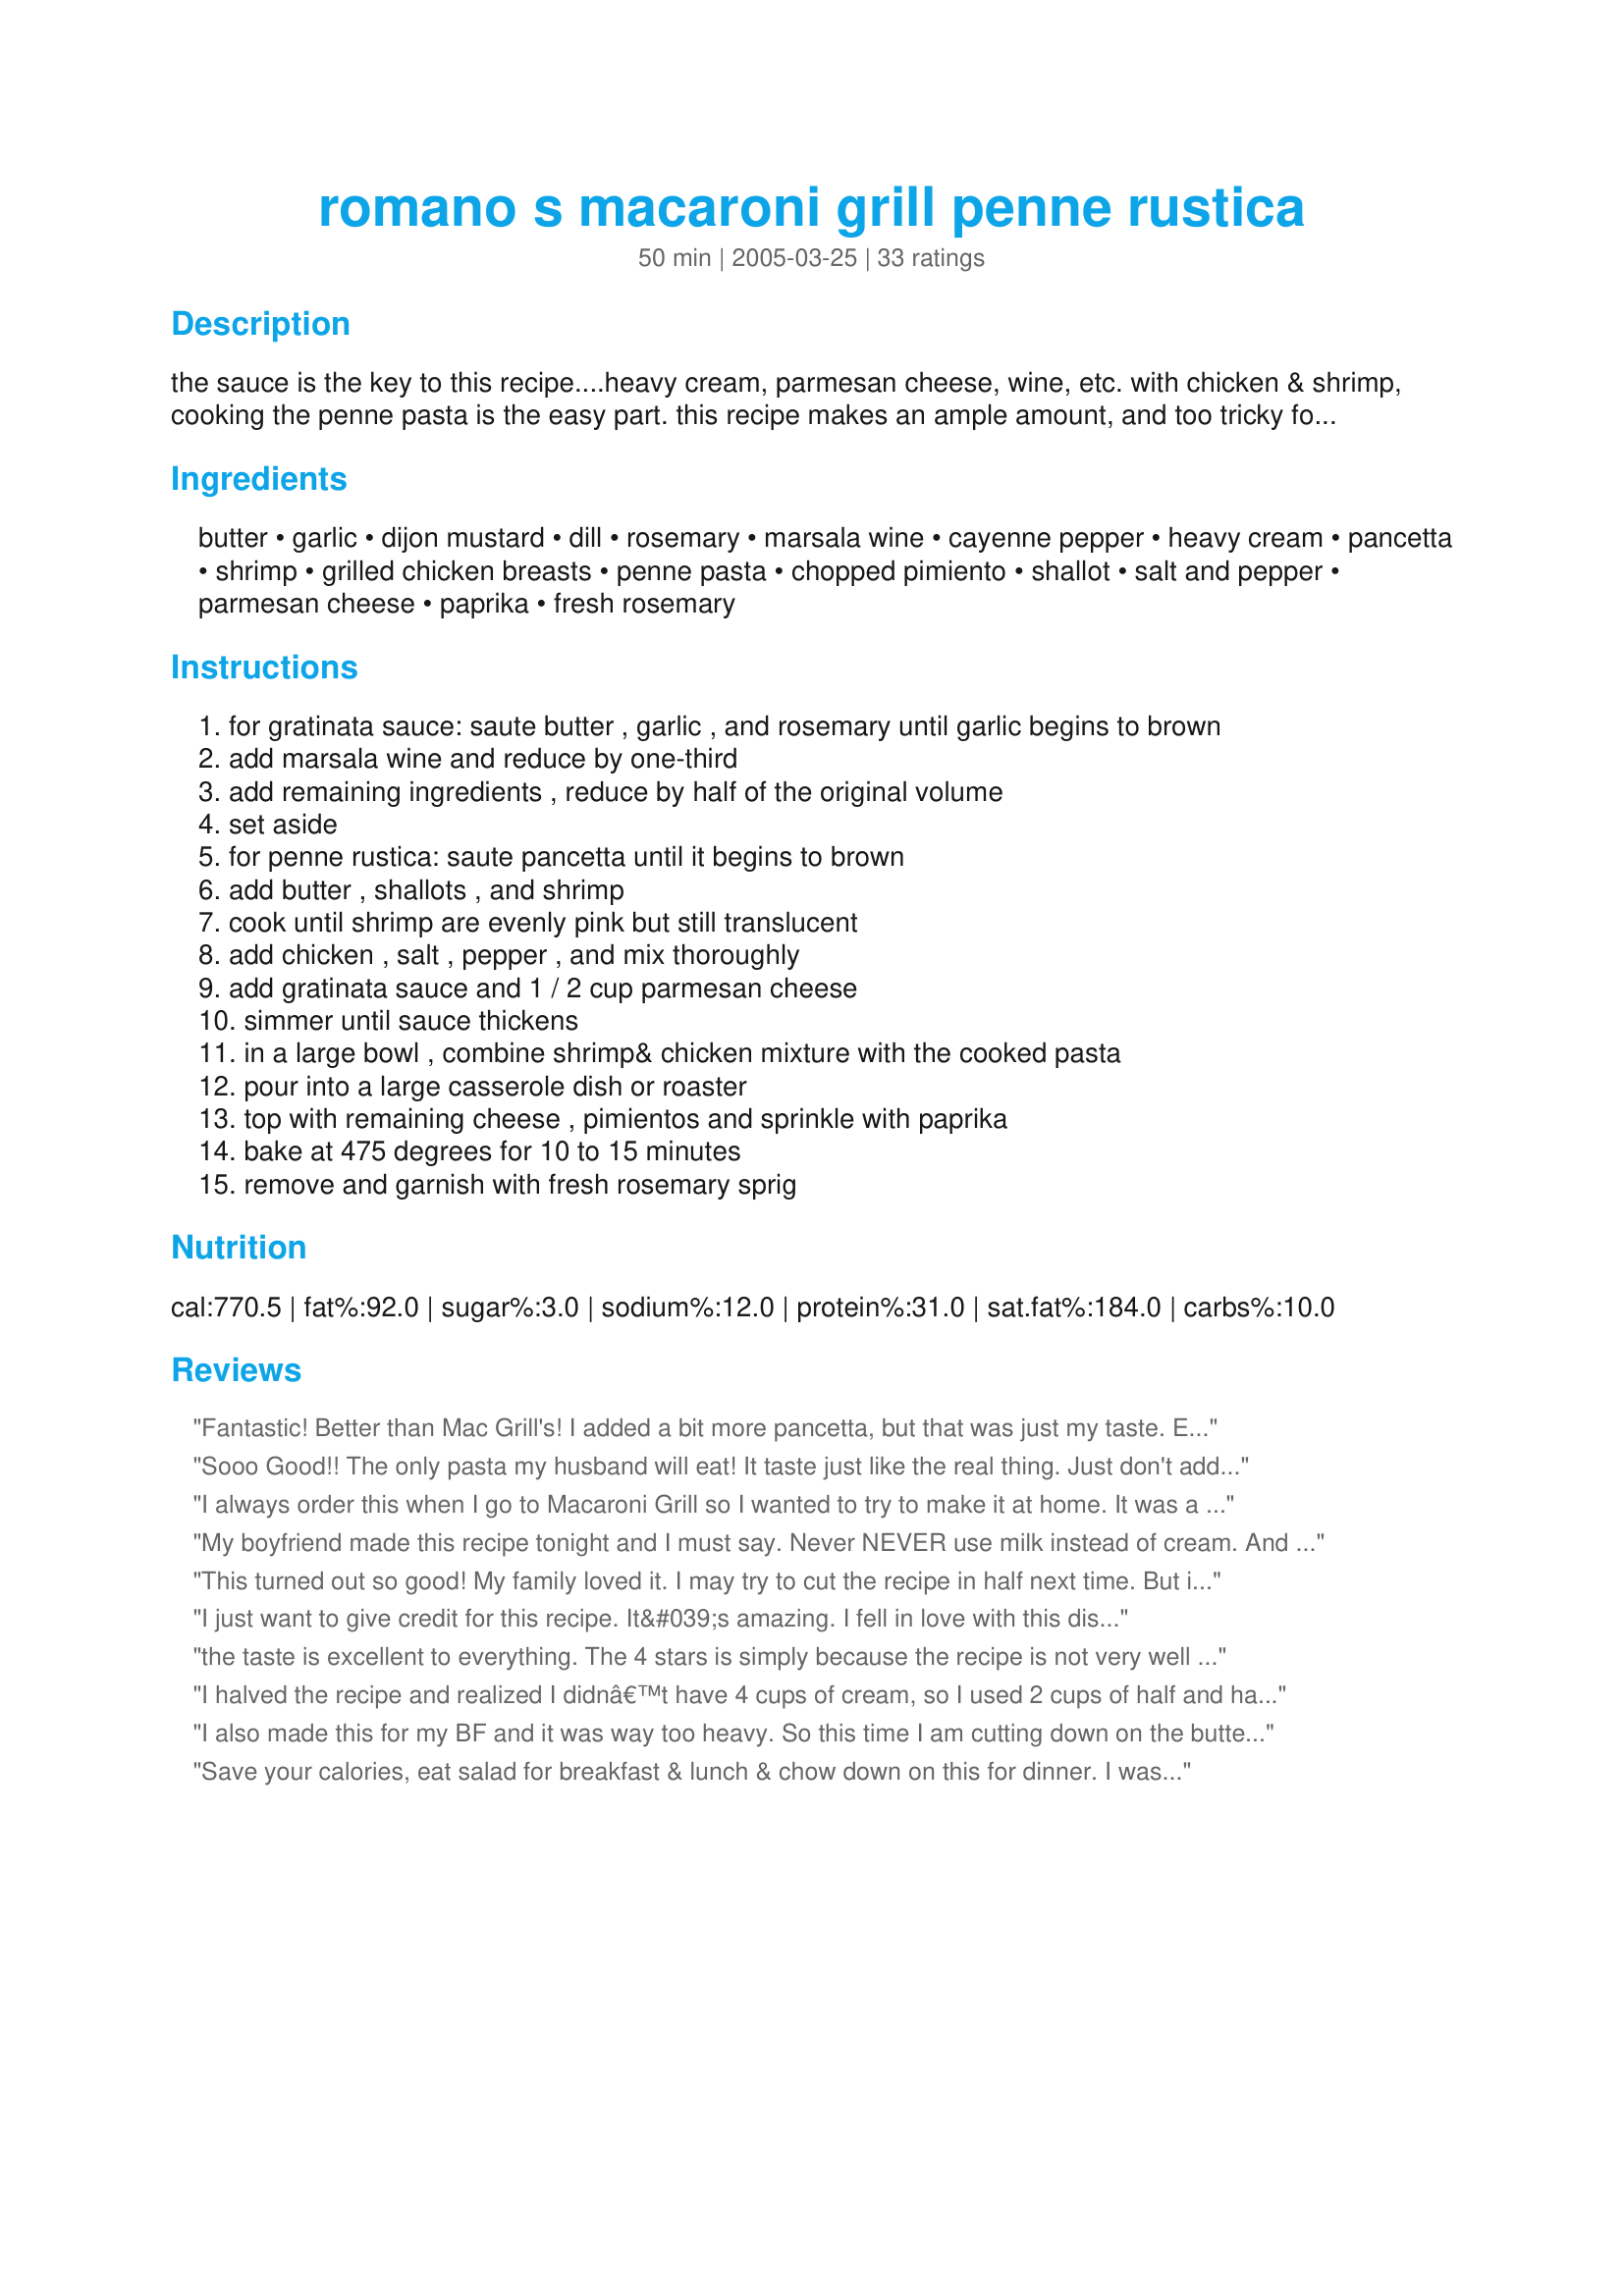
romano s macaroni grill penne rustica
Preparation time: 50 minutes

the sauce is the key to this recipe....heavy cream, parmesan cheese, wine, etc. with chicken & shrimp, cooking the penne pasta is the easy part. this recipe makes an ample amount, and too tricky for me to attempt to scale it down. i am posting it to take advantage of recipezaar's calculations to reduce a recipe. i'm not sure how much this recipe feeds, but i am going to guess at 8-10 servings.

Ingredients:
butter, garlic, dijon mustard, dill, rosemary, marsala wine, cayenne pepper, heavy cream, pancetta, shrimp, grilled chicken breasts, penne pasta, chopped pimiento, shallot, salt and pepper, parmesan cheese, paprika, fresh rosemary

Steps:
for gratinata sauce: saute butter , garlic , and rosemary until garlic begins to brown
add marsala wine and reduce by one-third
add remaining ingredients , reduce by half of the original volume
set aside
for penne rustica: saute pancetta until it begins to brown
add butter , shallots , and shrimp
cook until shrimp are evenly pink but still translucent
add chicken , salt , pepper , and mix thoroughly
add gratinata sauce and 1 / 2 cup parmesan cheese
simmer until sauce thickens
in a large bowl , combine shrimp& chicken mixture with the cooked pasta
pour into a large casserole dish or roaster
top with remaining cheese , pimientos and sprinkle with paprika
bake at 475 degrees for 10 to 15 minutes
remove and garnish with fresh rosemary sprig

Reviews:
Fantastic! Better than Mac Grill's! I added a bit more pancetta, but that was just my taste. Easy to make, even easier to eat. More time on the treadmill...
Sooo Good!! The only pasta my husband will eat! It taste just like the real thing. Just don't add all the pasta to make it extra saucy!!
I always order this when I go to Macaroni Grill so I wanted to try to make it at home. It was a lot of work and the recipe is not well written. It takes too long to make especially since you are using 8 cups of heavy cream and all that butter. Ours came out way too oily. It tasted good but we had to drain in all that oil...
My boyfriend made this recipe tonight and I must say. Never NEVER use milk instead of cream. And remember to put corn starch in cold water and mix it before you add it to the sauce. *sigh* I apologize for such a travesty in the name of this great recipe.
This turned out so good! My family loved it. I may try to cut the recipe in half next time. But it is very good!!
I just want to give credit for this recipe. It&#039;s amazing. I fell in love with this dish when I went to the restaurant over 5 years ago and since then make it for special occasions family birthdays, Mother&#039;s day etc. My teenage son requests every year for his birthday. This Recipe is fantastic and comes closest if not better than the real thing. I now have to double the recipe because it&#039;s gone in minutes with everyone going back for 2nds and 3rds Enjoy and make it as it states - it&#039;ll be a hit!
the taste is excellent to everything. The 4 stars is simply because the recipe is not very well written. Approx times and temp settings are not given, and the cook and prep times are wildly underestimated. Add those two together (20+50) and you still might not have reduced the 8 cups of cream by half. All in all a good copy of macaroni grill's dish.
I halved the recipe and realized I didnâ€™t have 4 cups of cream, so I used 2 cups of half and half and 2 cups of milk (2%). I think the sauce must have hit a boil because my sauce broke :-( It really didnâ€™t affect the taste, only the presentation. I canâ€™t wait to try this recipe again with all cream (simmered on LOW!) YUMMMY!
I also made this for my BF and it was way too heavy. So this time I am cutting down on the butter and cream. I also tossed some fresh spinach into it and YUMMY.
Save your calories, eat salad for breakfast & lunch & chow down on this for dinner. I was so bad, made this, salad w/ balsaminc vinaigrette & a big glass of chianti. This is one of THE BEST recipes I've gotten on this site. Totally tastes like the real deal. My 3 yr old loves it AND my husband was like wow, this is restaurant quality!
Hubs and I really enjoyed this recipe. It seemed like a lot of pasta so we use half of all listed ingredients, and had plenty for leftovers. I used "heavy whipping" cream. I couldn't find the heavy cream, is it the same? The sauce seperated in the over, made I overcooked it? Still tasted great!
LOVED IT!! I'm making a special V-Day dinner for my boyfriend and this is the recipe i picked. I made it over the weekend just to try it out. It's wonderful. the sauce had so much flavor. I cut the recipe in half and it's perfect. I used 16oz pasta but next time I'll cut the pasta just a bit so there's sure to be plenty of sauce.
I already have this recipe. I make adjustments to make it lighter when I make it, but my mother makes it as is. It never last very long in her house. I did find that I needed to double the parmesan to even come close the Macaroni Grill's flavor.
This is amazingly delicious and not too difficult to prepare. This is my favorite dish at Maaroni Grill, and this recipe tastes just like the restaurant.
I think the salt/pepper definitely needs increased, the 2nd time I made it I doubled the other seasonings like the dill and rosemary and added 1/2c more wine because the first time it was good but a bit bland. it makes a lot and does not reheat well the next day (starts to separate. i used a george foreman to cook the chicken which was great. fresh parmisan makes a difference!
My finished product wasn't too much like the actual dish at the restaurant. We made the sauce the night before, good thing too because it took a long time! And I think that 48 oz noodles is way too much. Is it suposed to be 48 oz. after or before boiling? Because I think that 1-16 oz package would be sufficient. And I wouldn't still be eating leftover noodles a week later :)
This recipe is time consuming, but well worth it. I cook for a group of church deacons once a month. I tried this recipe and received rave reviews. The flavor was spot on. I did however replace pimentos with sundried tomatoes in olive oil. I am cooking it again tonight for the family. Loved it!!!
This recipe turned out so good that my boyfriend now thinks I can cook (I'm going to have to disabuse him of that notion soon, or he'll make me do it all the time). I agree with the other review, though -- I only used 16 oz pasta. Thanks for sharing!
This sounds amazing! But, I looked at the fat content and I would have to starve for a week to make this worth it. I am afraid I would enjoy and there goes the heart and cholesterol. lol
This sounds like a great recipe. <br/>People need to notice the content amounts and that it says a serving of 15. <br/>Enter a lower number and the recipe will change.
I just reviewed this but realized I reviewed the wrong recipe. Sorry!
Great recipe, I made a couple of changes based on what we had on hand. Substituted half and half for the heavy cream, more rosemary, six boneless chicken thighs coarse chopped, and I cut the shrimps into two pieces. Also added Mozzarella when it went in the oven. No pimentos. I used two boxes of whole grain penne. Everyone loved it and I'm amazed that this is fairly inexpensive to make.
Oh wow! I couldn't tell that this was made at home -it was exactly like the Macaroni Grill's Penne Rustica. I did make some changes though - I used proscuitto (simply b/c that's what Macaroni Grill uses) and I opted to use roasted red peppers instead of the pimento.
I also added a small amount (@ 1/2 tsp garlic powder to the sauce) and some emeril's essence. Wow this was ultra yummy!
I found this recipe on another website and have made it several times. It is perfect and feeds quite the crowd. I always make 1.5 the sauce then split it and put one casserole in the freezer for later since it's so time consuming. LOVE IT THOUGH!!
My girlfriend made this for a group of us. It was awesome. I can't wait to try it our with my friends and family.
Excellent! I served this at my open house and it was a huge hit.
Calls for WAY too much cream. I would say use 6-7 cups MAX, instead of 8. Also, recipe is too heavy on the butter. Mine ended up very oily...Takes at least an hour to reduce the cream to half, and tack on another hour or so for the rest of the cooking. Overall, a very expensive recipe with somewhat disappointing results. I suggest adding in some tomato paste or something of the like for more flavor...I will not make this again.
This was great. My grandkids loved it.
I just finished making this recipe. It was delicious and I highly recommend it. I gave the recipe only four stars however because the proportions were a bit off. As some have mentioned there is WAY too much butter called for. I had to let some of the butter drain off while it was cooling down. Honestly I would probably use half the amount called for. Some people recommended not using as much cream which is definitely accurate. I made four servings which was plenty for four people, and I used 2 cups of cream. That was fine, but I could have gotten away with only 1 3/4 cups cream. Recipe took about two hours to make and cost me a little under $40 for four servings.
This was so good and tasted just like the restaurant's. To make it easier, I just cooked the meats, shallots, garlic and rosemary together, and then added all the other ingredients and simmered, then served.
Tasted very much like the actual dish at the restaurant. It calls for WAY too much pasta! At most, you'll need 24oz of penne. I recommend cutting the recipe in half. That should easily serve 4. The 20 minute prep time is also rather ambitious. Count on at least 90 minutes. Very tasty and well worth the time and effort!
I made this yesterday & the only substitution I made was whole wheat penne instead of regular & I used grenache instead of marsala wine. I used a 13.5 ounce box of penne- not 48 oz (!) and had plenty of pasta. It was awful. I ate one serving & my husband had one. We threw the rest out. It tasted nothing like penne rustica at Macaroni Grill. I could make up a recipe better than this.
I made this last night with chicken marsala..delicious!! Thanks for the recipe. I fell in love with this dish after having it at Macaroni Grill!
